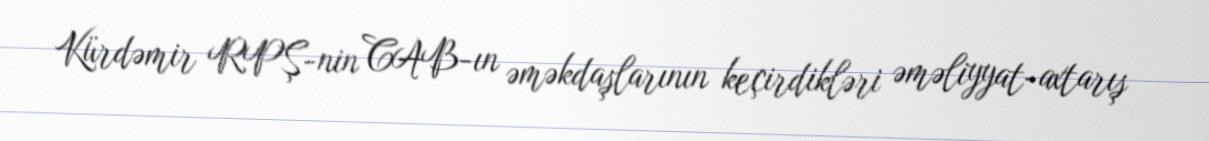
Kürdəmir RPŞ-nin CAB-ın əməkdaşlarının keçirdikləri əməliyyat-axtarış